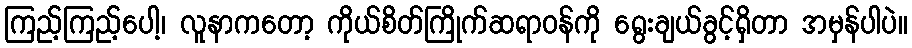
ကြည့်ကြည့်ပေါ့၊ လူနာကတော့ ကိုယ်စိတ်ကြိုက်ဆရာဝန်ကို ရွေးချယ်ခွင့်ရှိတာ အမှန်ပါပဲ။